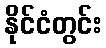
နိုင်ငံတွင်း